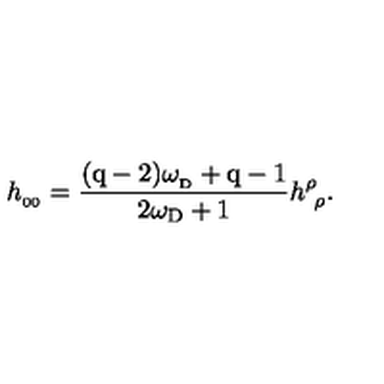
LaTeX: h _ { _ { 0 0 } } = { \frac { ( \mathrm { q - 2 } ) \omega _ { _ \mathrm { D } } + \mathrm { q - 1 } } { 2 \omega _ { \mathrm { D } } + 1 } } h _ { \ \rho } ^ { \rho } .